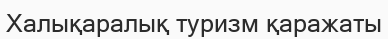
Халықаралық туризм қаражаты